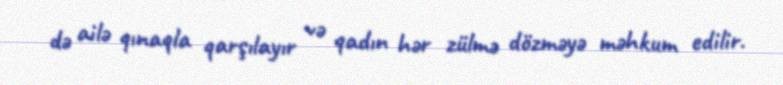
də ailə qınaqla qarşılayır və qadın hər zülmə dözməyə məhkum edilir.